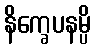
နိက္ခေပနမ္ပိ